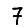
Digit: 7